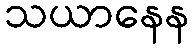
သယာနေန